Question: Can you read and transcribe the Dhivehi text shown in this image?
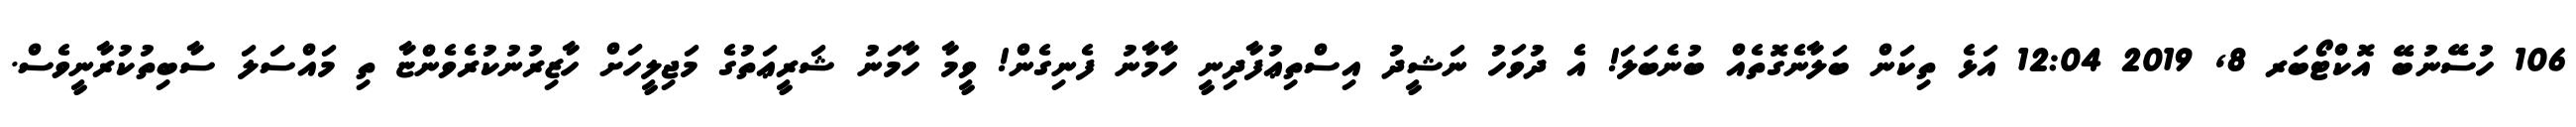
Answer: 106 ހުސޭނުބޭ އޮކްޓޯބަރ 8, 2019 12:04 އަޅެ ތިކަން ބަލާނެގޮތެއް ބުނެބަލަ! އެ ދުވަހު ނަޝީދު އިސްތިޢުފާދިނީ ހާމާނު ފެނިގެން! ވީމާ ހާމަނު ޝަރީޢަތުގެ މަޖިލީހަށް ހާޒިރުނުކުރެވެންޏާ ތި މައްސަލަ ސާބިތުކުރާނީވެސް.